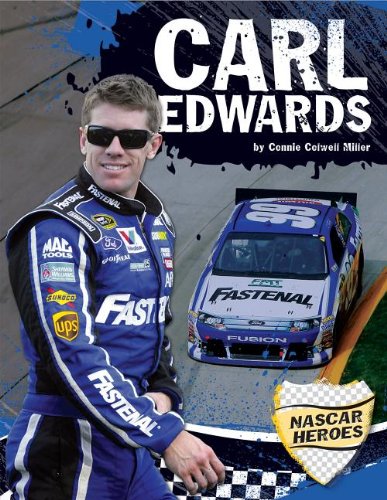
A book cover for Carl Edwards (Nascar Heroes); Connie Colwell Miller; Children's Books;